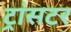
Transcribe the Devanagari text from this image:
ट्रांसटर